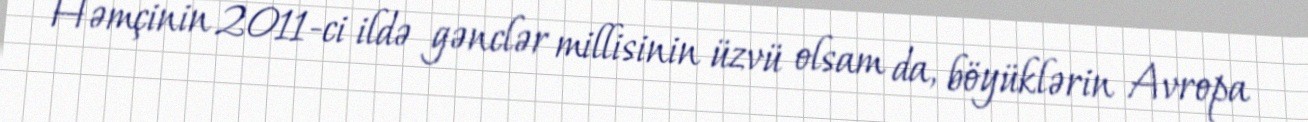
Həmçinin 2011-ci ildə gənclər millisinin üzvü olsam da, böyüklərin Avropa